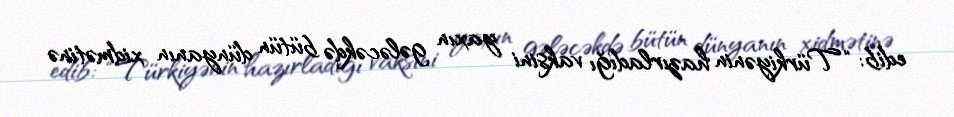
edib: “Türkiyənin hazırladığı vaksini yaxın gələcəkdə bütün dünyanın xidmətinə